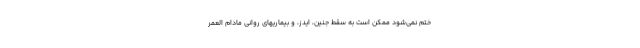
ختم نمی‌شود ممکن است به سقط جنین، ایدز، و بیماریهای روانی مادام العمر